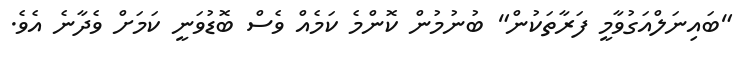
"ބައިނަލްއަގުވާމީ ފަރާތަކުން" ބުނުމުން ކޮންމެ ކަމެއް ވެސް ބޮޑުވަނީ ކަމަށް ވެދާނެ އެވެ.